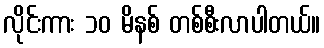
လိုင်းကား ၁၀ မိနစ် တစ်စီးလာပါတယ်။